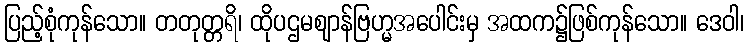
ပြည့်စုံကုန်သော။ တတုတ္တရိ၊ ထိုပဌမဈာန်ဗြဟ္မအပေါင်းမှ အထက၌ဖြစ်ကုန်သော။ ဒေဝါ၊